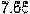
7.66